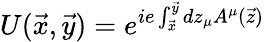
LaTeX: U(\vec{x},\vec{y})=e^{ie\int_{\vec{x}}^{\vec{y}}dz_{\mu}A^{\mu}(\vec{z})}